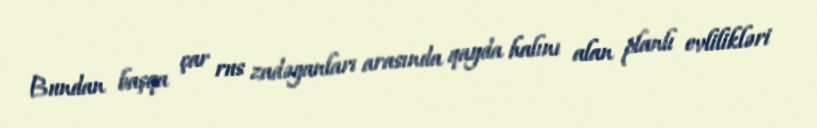
Bundan başqa çar rus zadəganları arasında qayda halını alan planlı evlilikləri